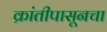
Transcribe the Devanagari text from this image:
क्रांतीपासूनचा